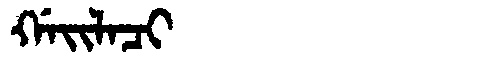
Manchu: ᡤᠠᡳᠯᠠᠴᡳ
Romanization: GAILACI